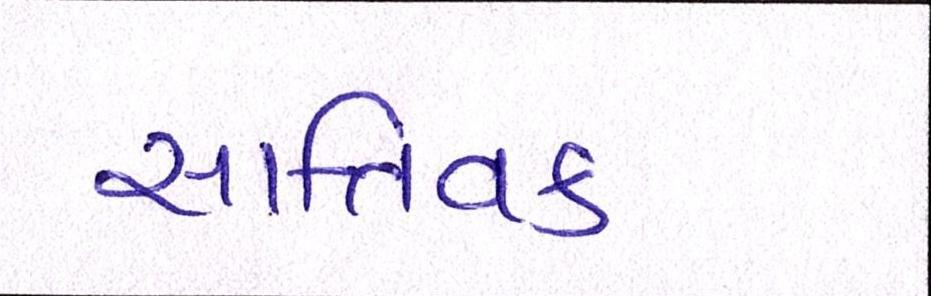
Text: સાત્ત્વિક